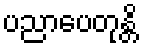
ပညာပေတုန္တိ